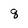
Character: q